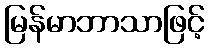
မြန်မာဘာသာဖြင့်